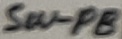
Text: SW-PB